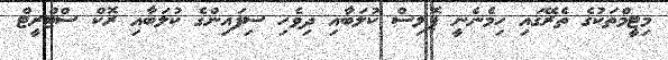
މިޓީމްތަކުގެ ތެރޭގައި ހިމެނެނީ ޕޮލިސް ކުލަބާއި ދިވެހި ސިފައިންގެ ކުލަބާއި ރޮކް ސްޓްރީޓް